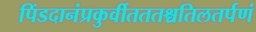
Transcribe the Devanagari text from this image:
पिंडदानंप्रकुर्वीतततश्चतिलतर्पणं